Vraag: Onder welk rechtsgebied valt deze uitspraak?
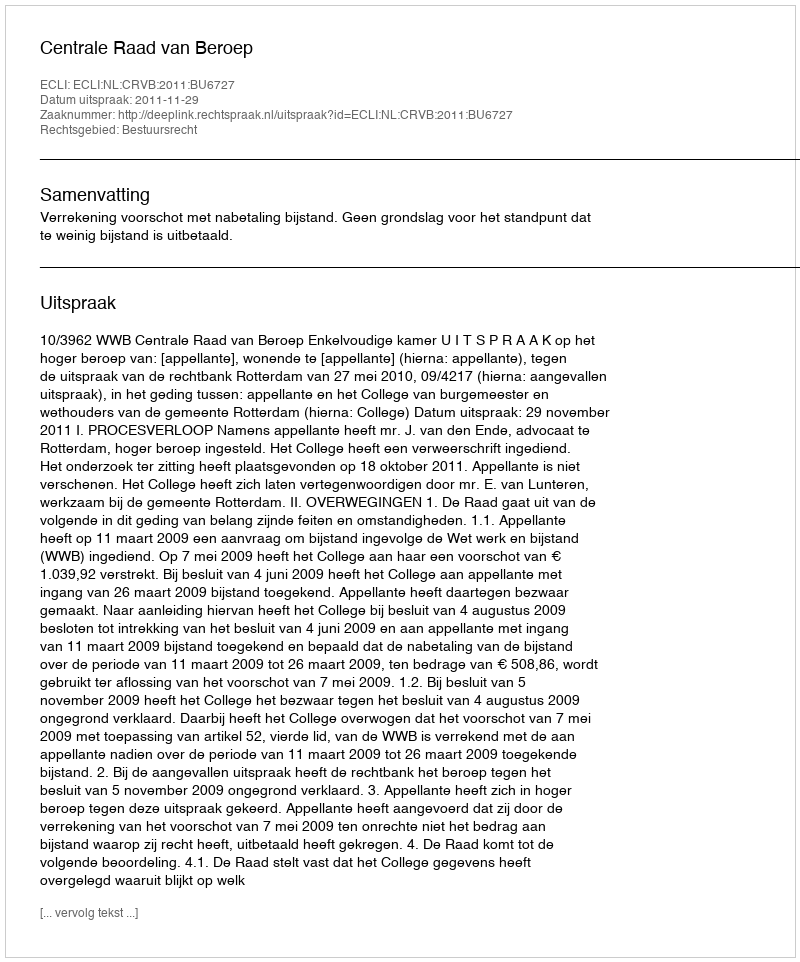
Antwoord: Bestuursrecht